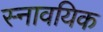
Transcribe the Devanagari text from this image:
स्नावयिक